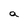
Character: a